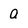
Character: a